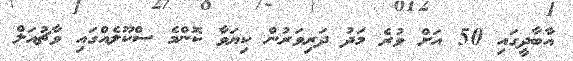
އާބާދީގައި 50 އަށް ވުރެ މަދު ދަރިވަރުން ކިޔަވާ ކޮންމެ ސްކޫލެއްގައި ވާޗުއަލް